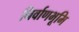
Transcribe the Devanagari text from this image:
निर्वाणभूमि